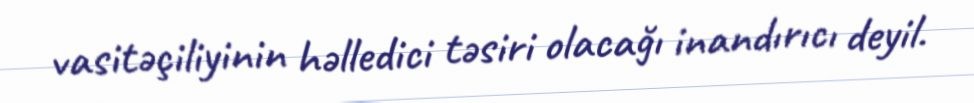
vasitəçiliyinin həlledici təsiri olacağı inandırıcı deyil.